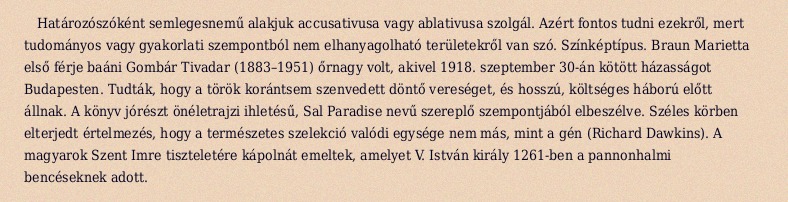
Határozószóként semlegesnemű alakjuk accusativusa vagy ablativusa szolgál. Azért fontos tudni ezekről, mert tudományos vagy gyakorlati szempontból nem elhanyagolható területekről van szó. Színképtípus. Braun Marietta első férje baáni Gombár Tivadar (1883–1951) őrnagy volt, akivel 1918. szeptember 30-án kötött házasságot Budapesten. Tudták, hogy a török korántsem szenvedett döntő vereséget, és hosszú, költséges háború előtt állnak. A könyv jórészt önéletrajzi ihletésű, Sal Paradise nevű szereplő szempontjából elbeszélve. Széles körben elterjedt értelmezés, hogy a természetes szelekció valódi egysége nem más, mint a gén (Richard Dawkins). A magyarok Szent Imre tiszteletére kápolnát emeltek, amelyet V. István király 1261-ben a pannonhalmi bencéseknek adott.